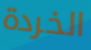
الخردة